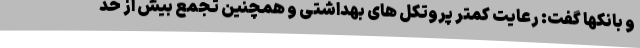
و بانکها گفت: رعایت کمتر پروتکل های بهداشتی و همچنین تجمع بیش از حد